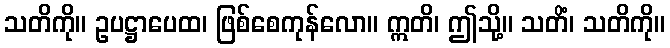
သတိကို။ ဥပဋ္ဌာပေထ၊ ဖြစ်စေကုန်လော။ ဣတိ၊ ဤသို့။ သတိံ၊ သတိကို။